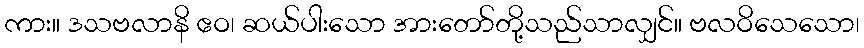
ကား။ ဒသဗလာနိ ဧဝ၊ ဆယ်ပါးသော အားတော်တို့သည်သာလျှင်။ ဗလဝိသေသော၊